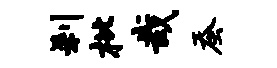
刹枇哉蚕